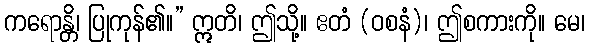
ကရောန္တိ၊ ပြုကုန်၏။” ဣတိ၊ ဤသို့။ ဧတံ (ဝစနံ)၊ ဤစကားကို။ မေ၊